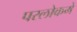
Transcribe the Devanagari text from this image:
परलोकमे